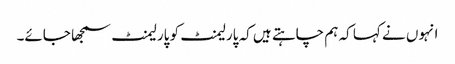
انہوں نے کہا کہ ہم چاہتے ہیں کہ پارلیمنٹ کو پارلیمنٹ سمجھا جائے۔